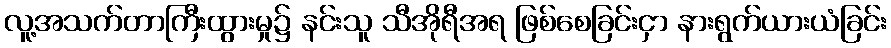
လူ့အသက်တာကြီးထွားမှု၌ နင်းသူ သီအိုရီအရ ဖြစ်စေခြင်းငှာ နားရွက်ယားယံခြင်း